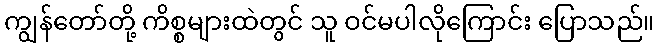
ကျွန်တော်တို့ ကိစ္စများထဲတွင် သူ ဝင်မပါလိုကြောင်း ပြောသည်။